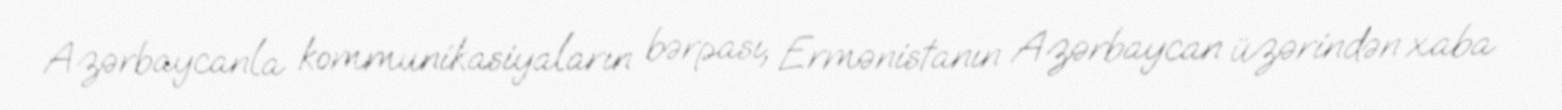
Azərbaycanla kommunikasiyaların bərpası, Ermənistanın Azərbaycan üzərindən xaba